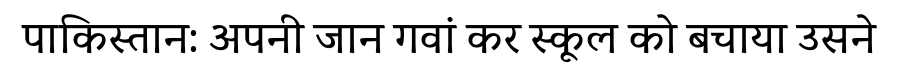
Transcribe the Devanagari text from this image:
पाकिस्तान: अपनी जान गवां कर स्कूल को बचाया उसने